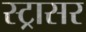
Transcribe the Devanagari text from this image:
स्ट्रासर